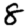
Digit: 8